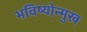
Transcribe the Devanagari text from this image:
भविष्योन्मुख